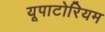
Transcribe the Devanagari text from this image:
यूपाटोरियम